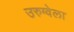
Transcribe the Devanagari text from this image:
उरुग्वेला